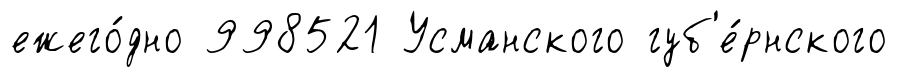
ежего́дно 998521 Усманского губ'е́рнского